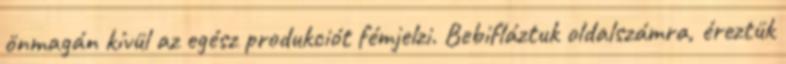
önmagán kívül az egész produkciót fémjelzi. Bebifláztuk oldalszámra, éreztük